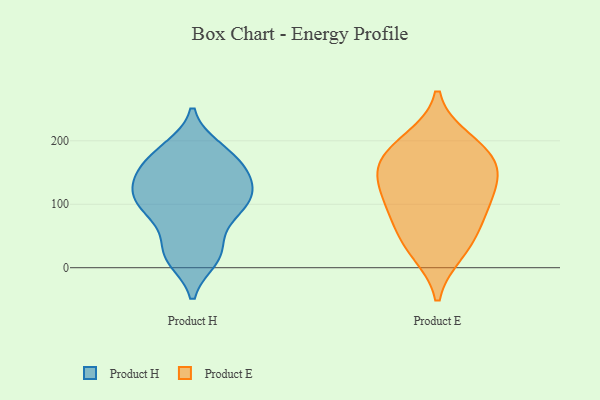
{"axis": {"x": "Population (Million)", "y": "Value"}, "legend": ["Product E", "Product H"], "data": [{"x": "", "y": 14, "type": "Product H"}, {"x": "", "y": 131, "type": "Product H"}, {"x": "", "y": 16, "type": "Product H"}, {"x": "", "y": 155, "type": "Product H"}, {"x": "", "y": 168, "type": "Product H"}, {"x": "", "y": 106, "type": "Product H"}, {"x": "", "y": 187, "type": "Product H"}, {"x": "", "y": 121, "type": "Product H"}, {"x": "", "y": 188, "type": "Product H"}, {"x": "", "y": 104, "type": "Product H"}, {"x": "", "y": 83, "type": "Product H"}, {"x": "", "y": 89, "type": "Product H"}, {"x": "", "y": 24, "type": "Product H"}, {"x": "", "y": 80, "type": "Product H"}, {"x": "", "y": 31, "type": "Product H"}, {"x": "", "y": 169, "type": "Product H"}, {"x": "", "y": 135, "type": "Product H"}, {"x": "", "y": 112, "type": "Product H"}, {"x": "", "y": 146, "type": "Product H"}, {"x": "", "y": 93, "type": "Product E"}, {"x": "", "y": 80, "type": "Product E"}, {"x": "", "y": 128, "type": "Product E"}, {"x": "", "y": 41, "type": "Product E"}, {"x": "", "y": 27, "type": "Product E"}, {"x": "", "y": 181, "type": "Product E"}, {"x": "", "y": 125, "type": "Product E"}, {"x": "", "y": 165, "type": "Product E"}, {"x": "", "y": 199, "type": "Product E"}, {"x": "", "y": 162, "type": "Product E"}]}